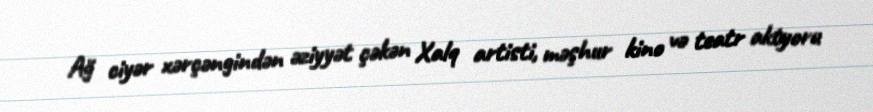
Ağ ciyər xərçəngindən əziyyət çəkən Xalq artisti, məşhur kino və teatr aktyoru